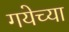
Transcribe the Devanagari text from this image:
गयेच्या